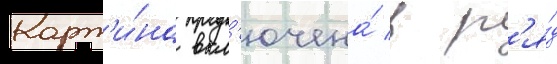
Карт'и́на вкл'ючена́ в р'я́д